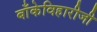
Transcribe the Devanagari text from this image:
बाँकेविहारीजी